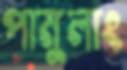
পামুলাং